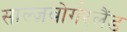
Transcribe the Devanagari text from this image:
साल्ज़बोर्गरलैंड